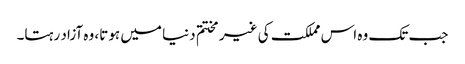
جب تک وہ اس مملکت کی غیر مختتم دنیا میں ہوتا، وہ آزاد رہتا۔